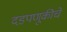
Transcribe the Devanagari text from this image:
दडपणूकीचे